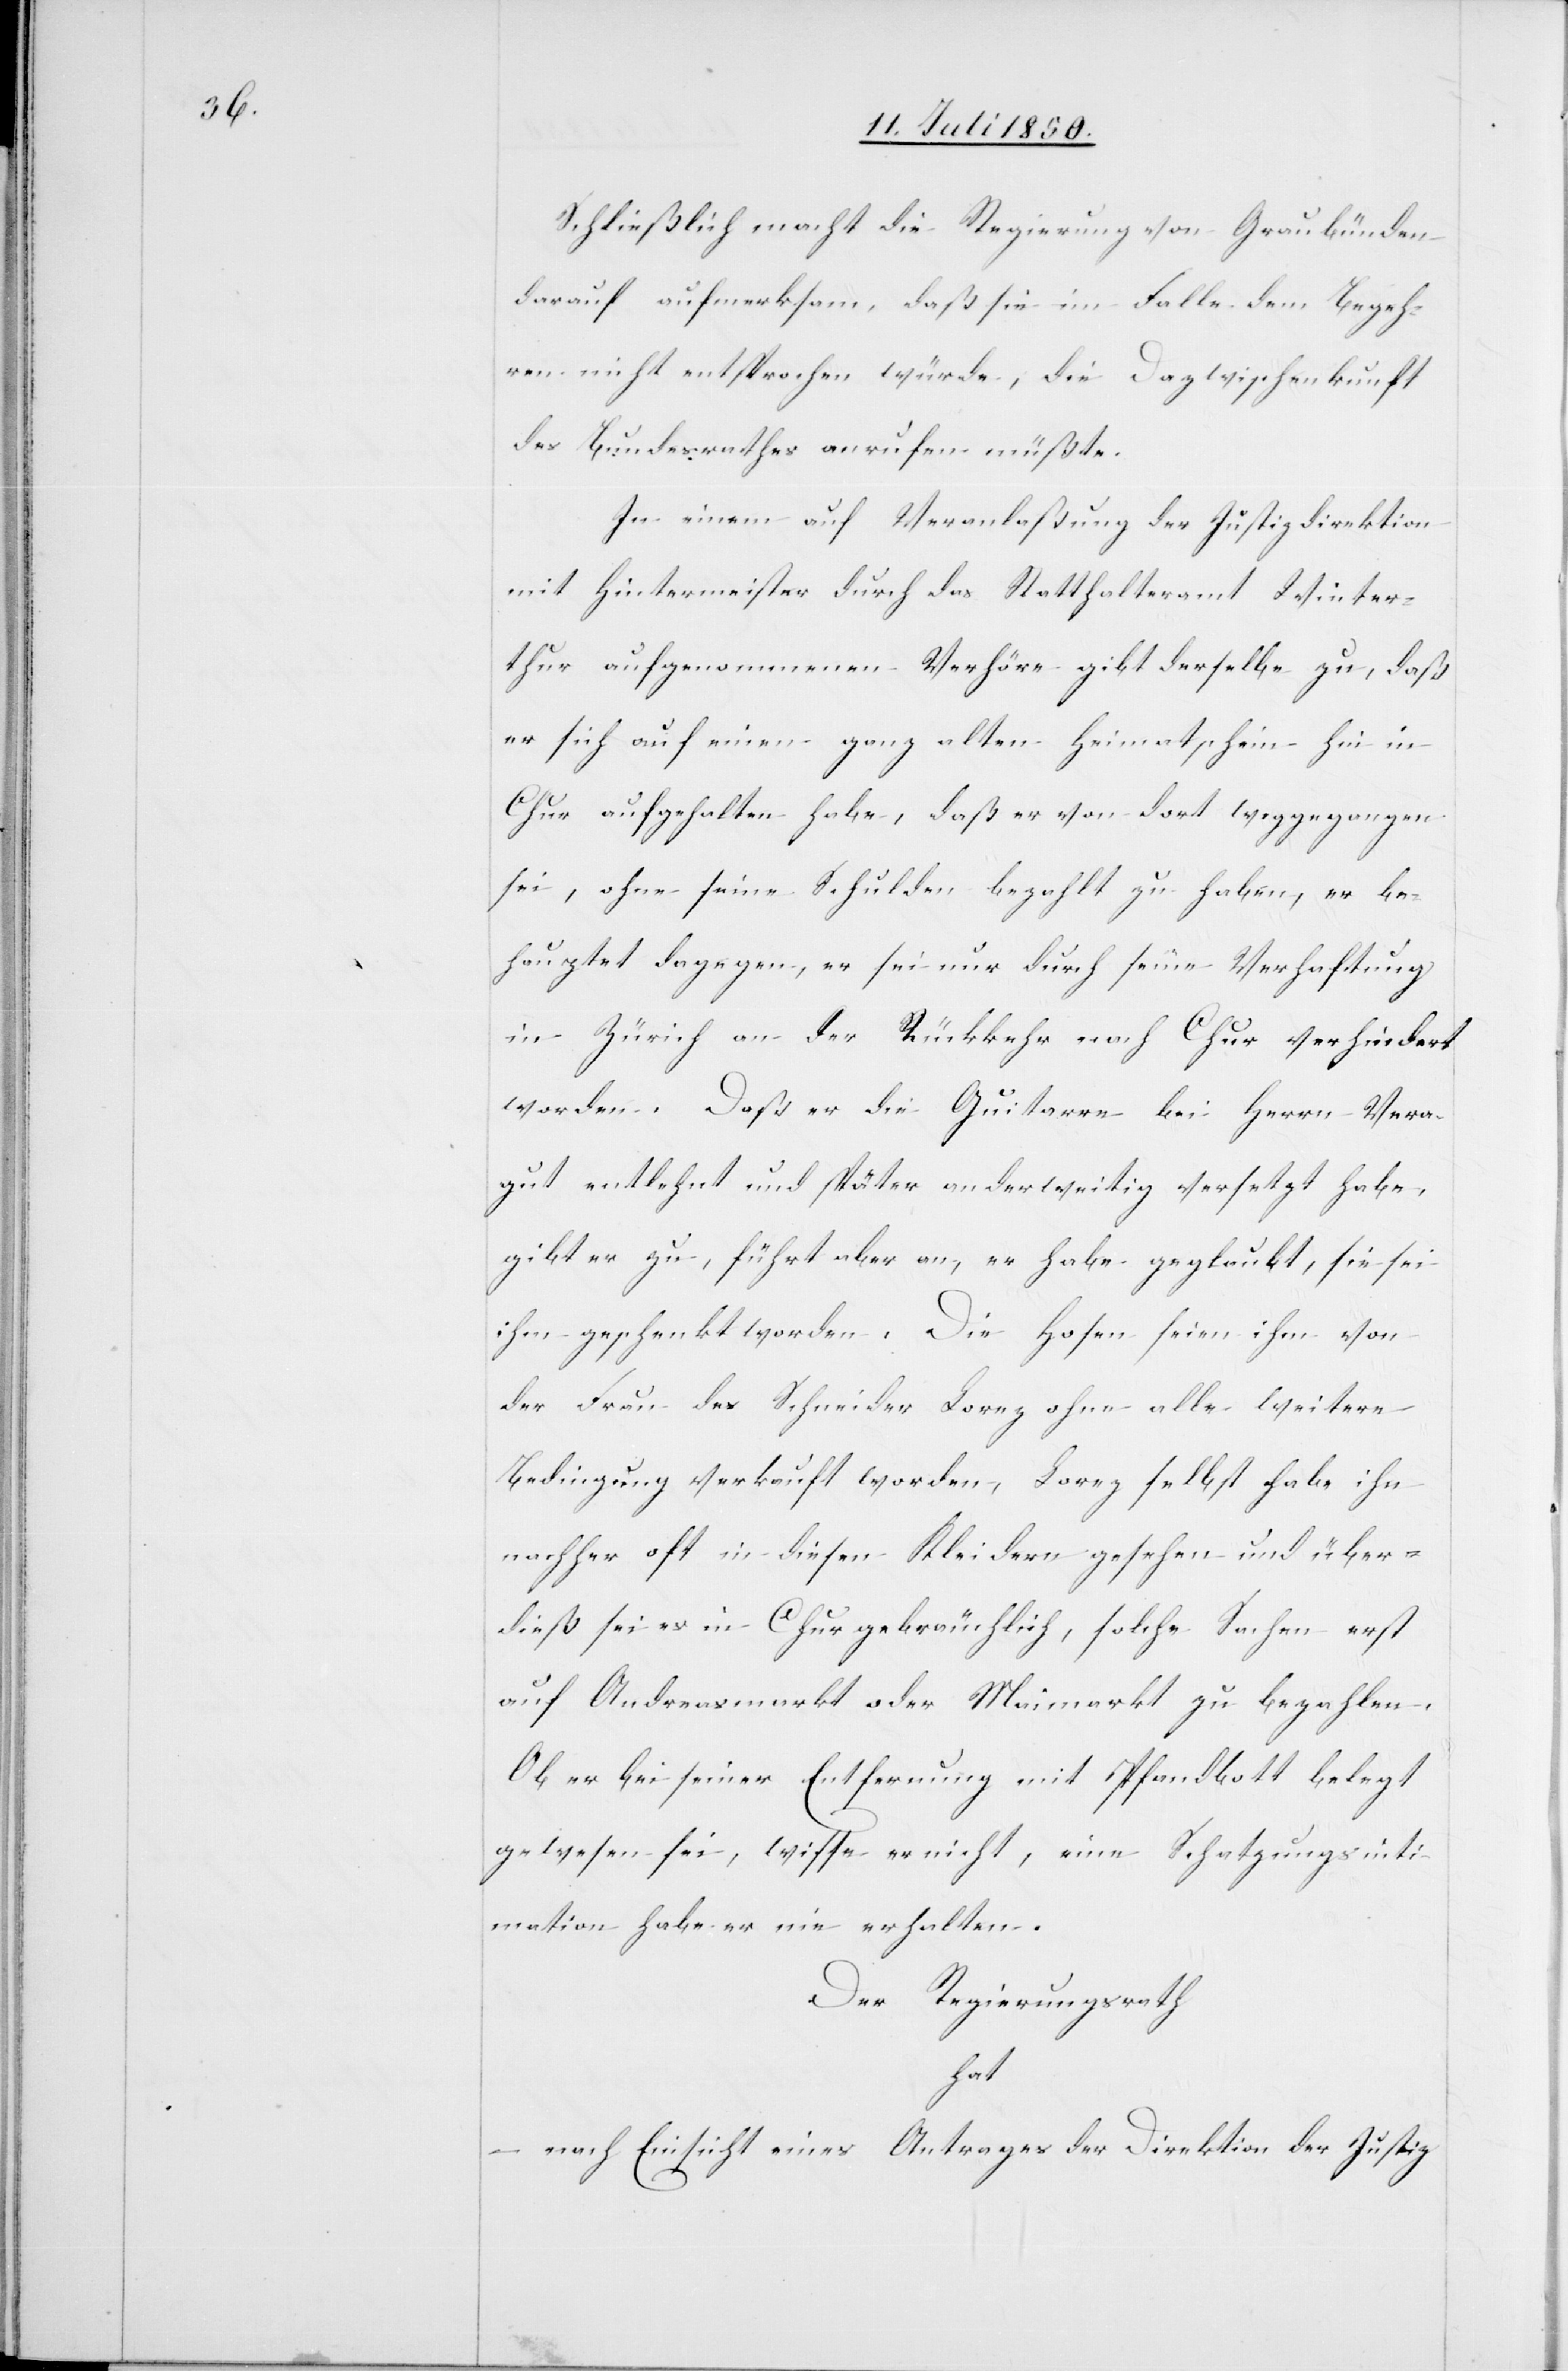
Schließlich macht die Regierung von Graubünden
darauf aufmerksam, daß sie im Falle dem Begeh¬
ren nicht entsprochen würde, die Dazwischenkunft
des Bundesrathes anrufen müßte.
In einem auf Veranlaßung der Justizdirektion
mit Hintermeister durch das Statthalteramt Winter¬
thur aufgenommenen Verhöre gibt derselbe zu, daß
er sich auf einen ganz alten Heimatschein hin in
Chur aufgehalten habe, daß er von dort weggegangen
sei, ohne seine Schulden bezahlt zu haben, er be¬
hauptet dagegen, er sei nur durch seine Verhaftung
in Zürich an der Rückkehr nach Chur verhindert
worden. Daß er die Guitarre bei Herrn Vera¬
gut entlehnt und später anderweitig versetzt habe,
gibt er zu, führt aber an, er habe geglaubt, sie sei
ihm geschenkt worden. Die Hosen seien ihm von
der Frau des Schneider Lorez ohne alle weitere
Bedingung verkauft worden, Lorez selbst habe ihn
nachher oft in diesen Kleidern gesehen und über¬
dieß sei es in Chur gebräuchlich, solche Sachen erst
auf Andreasmarkt oder Maimarkt zu bezahlen.
Ob er bei seiner Entfernung mit Pfandbott belegt
gewesen sei, wisse er nicht, eine Schatzungsint¬
imation habe er nie erhalten.
Der Regierungsrath
hat
– nach Einsicht eines Antrages der Direktion der Justiz